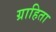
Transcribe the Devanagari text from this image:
ग्राहिता